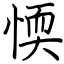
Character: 愞